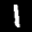
Label: 1